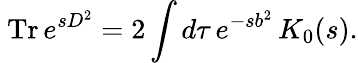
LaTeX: \mathrm{~Tr}\, e^{sD^{2}}=2\int d\tau\, e^{-sb^{2}}\, K_{0}(s).